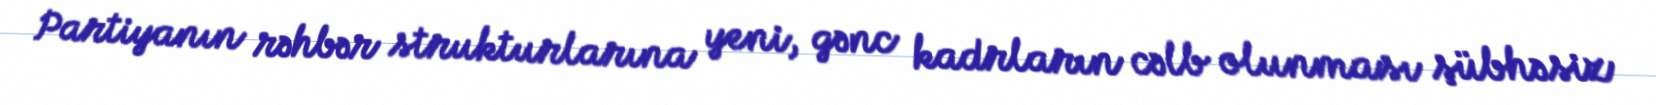
Partiyanın rəhbər strukturlarına yeni, gənc kadrların cəlb olunması şübhəsiz